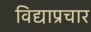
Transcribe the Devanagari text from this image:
विद्याप्रचार